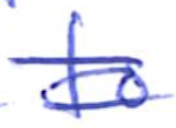
Text: to
Cross-out: double-line
Writing tool: ballpoint